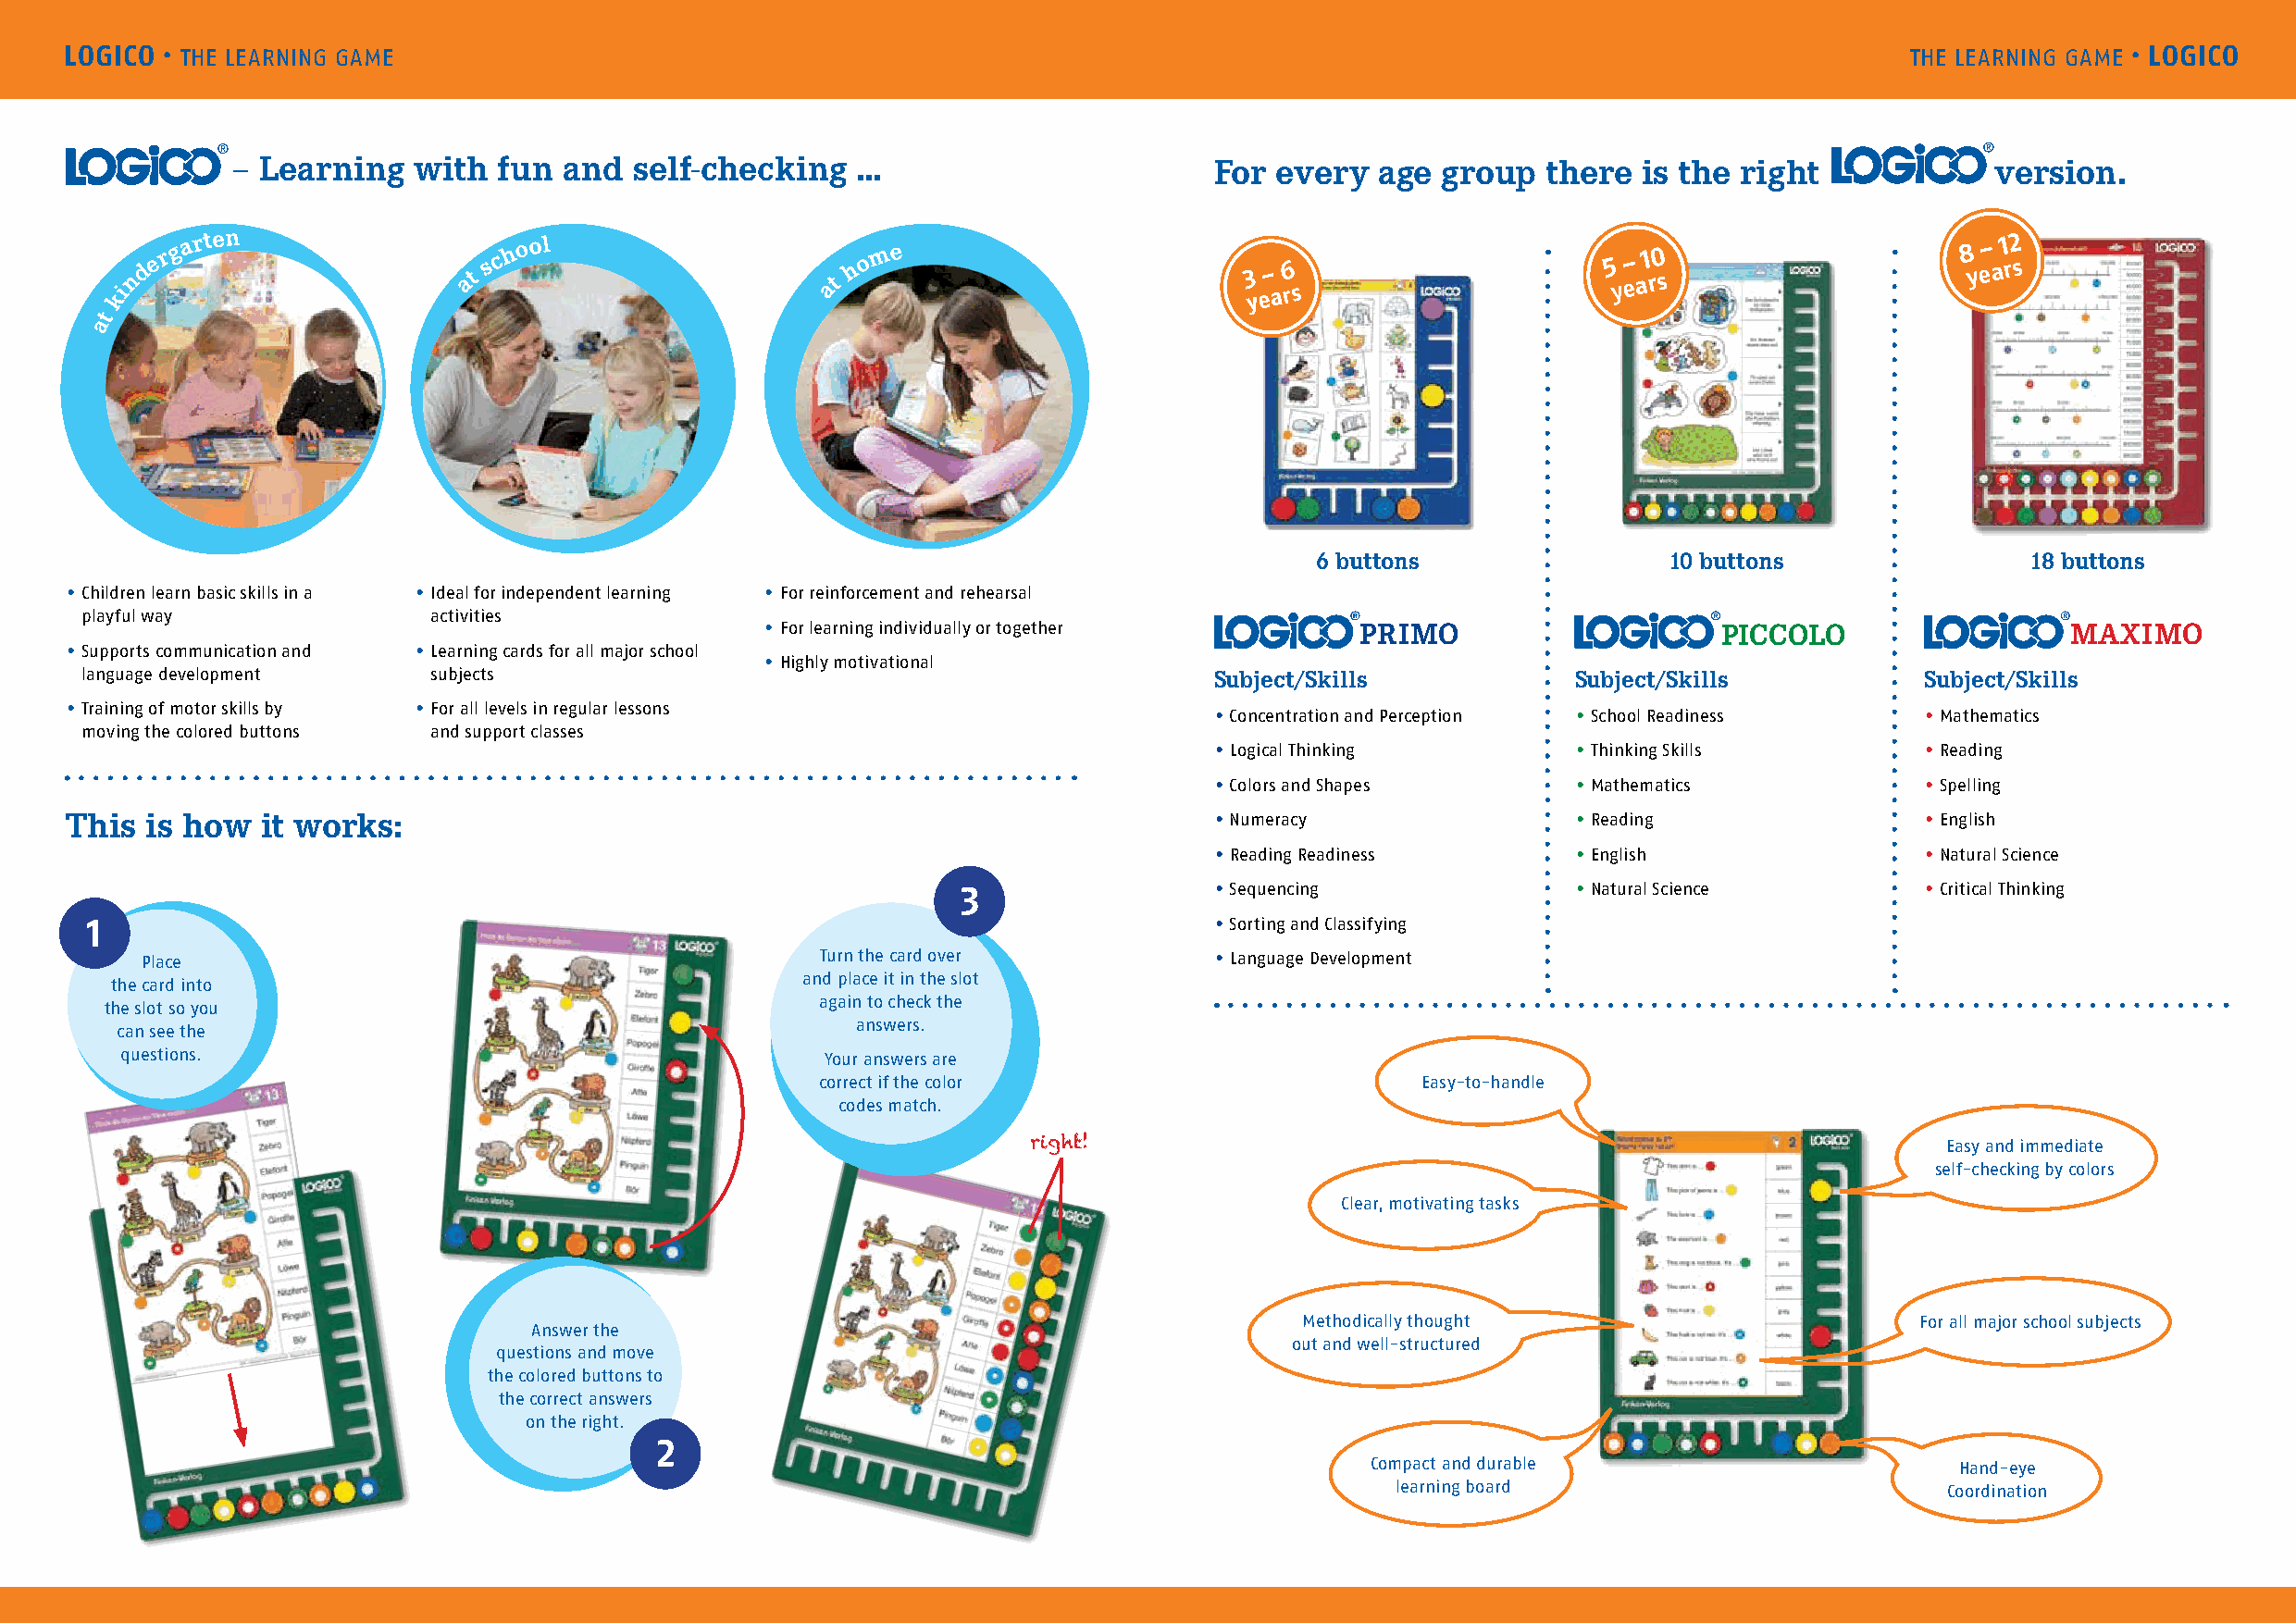
LOGICO · THE LEARNING GAME                                                                                                          THE LEARNING GAME · LOGICO
 – Learning   with  fun and  self-checking   …                         For every   age group   there is the right              version.
 kind e r g a r ten       at s c h o ol             at h o m e                    3 y e– a 6 rs             5 y – ea 1 r0 s          8 y e– a 1 r2 s
 t
 a
 6 buttons                10 buttons                18 buttons
 • C hildren learn basic skills in a • I deal for independent learning • F or reinforcement and rehearsal
 playful way              activities
 • F or learning individually or together  PRIMO                     PICCOLO                  MAXIMO
 • S upports communication and • L earning cards for all major school
 • H ighly motivational
 language development     subjects                                                Subject/Skills            Subject/Skills           Subject/Skills
 • T raining of motor skills by • F or all levels in regular lessons               • Concentration and Perception • School Readiness  • Mathematics
 moving the colored buttons and support classes
 • Logical Thinking        • Thinking Skills        • Reading
 • Colors and Shapes       • Mathematics            • Spelling
 This is how   it works:                                                           • Numeracy                • Reading                • English
 • Reading Readiness       • English                • Natural Science
 3                 • Sequencing              • Natural Science        • Critical Thinking
 1                                                                                • Sorting and Classifying
 Place                                            Turn the card over          • Language Development
 and place it in the slot
 the card into
 again to check the
 the slot so you
 answers.
 can see the
 questions.                                        Your answers are
 correct if the color                       Easy-to-handle
 codes match.
 right!                                                           Easy and immediate
 self-checking by colors
 Clear, motivating tasks
 Methodically thought                        For all major school subjects
 Answer the
 out and well-structured
 questions and move
 the colored buttons to
 the correct answers
 on the right.
 2
 Compact and durable                       Hand-eye
 learning board                         Coordination